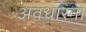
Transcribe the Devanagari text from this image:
अवधारना